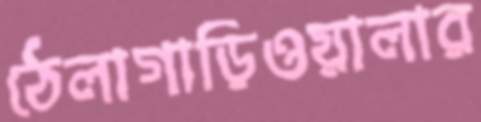
ঠেলাগাড়িওয়ালার